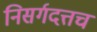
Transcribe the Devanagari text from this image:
निसर्गदत्तच